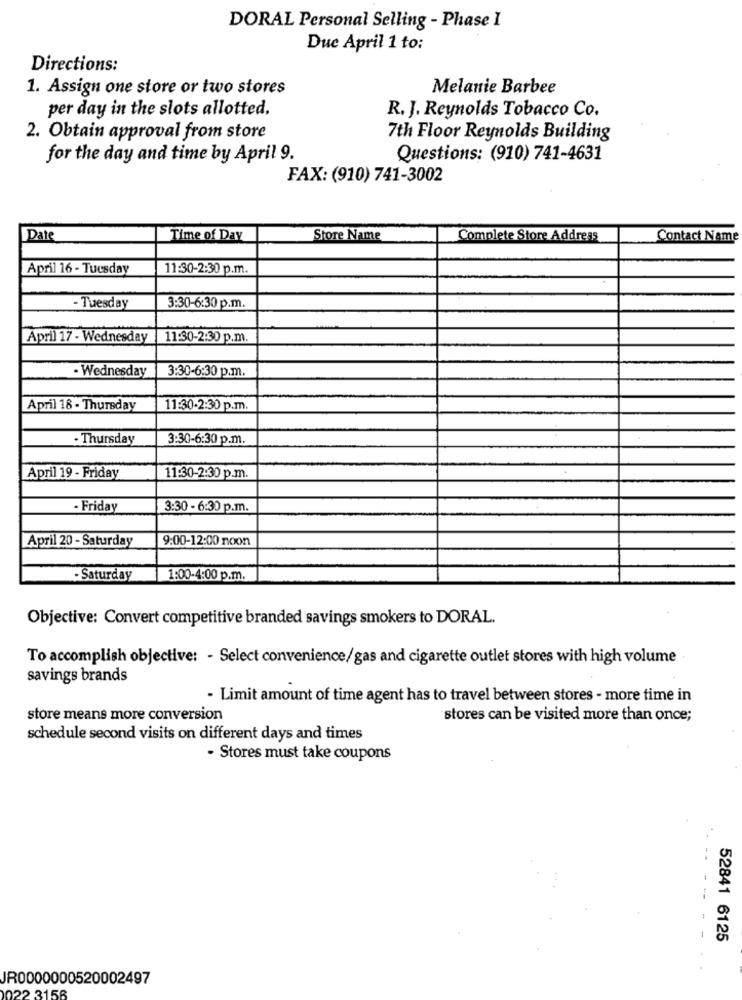
DORAL Personal Selling - Phase 1
Due April 1 to:
Directions:
1. Assign one store or two stores
Melanie Barbee
per day in the slots allotted.
R. J. Reynolds Tobacco Co.
2. Obtain approval from store
7th Floor Reynolds Building
for the day and time by April 9.
Questions: (910) 741-4631
FAX: (910) 741-3002
Date
Time of Day
Store Name
Complete Store Address
Contact Name
April 16 - Tuesday
11:30-2:30 p.m.
- Tuesday
3:30-6:30 p.m.
April 17 - Wednesday
11:30-2:30 p.m.
- Wednesday
3:30-6:30 p.m.
April 18 - Thursday
11:30-2:30 p.m.
- Thursday
3:30-6:30 p.m.
April 19 - Friday
11:30-2:30 p.m.
- Friday
3:30 - 6:30 p.m.
April 20 - Saturday
9:00-12:00 noon
- Saturday
1:00-4:00 p.m.
Objective: Convert competitive branded savings smokers to DORAL.
To accomplish objective: - Select convenience/gas and cigarette outlet stores with high volume
savings brands
- Limit amount of time agent has to travel between stores - more time in
store means more conversion
stores can be visited more than once;
schedule second visits on different days and times
· Stores must take coupons
52841 6125
JR0000000520002497
22 3156